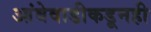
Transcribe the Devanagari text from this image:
आंबेवाडीकडूनही